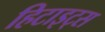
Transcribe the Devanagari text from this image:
हिटाइट्स